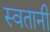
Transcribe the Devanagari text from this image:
स्वतानी